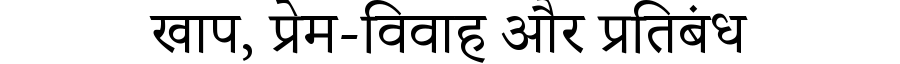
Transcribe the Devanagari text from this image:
खाप, प्रेम-विवाह और प्रतिबंध